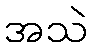
အသဲ